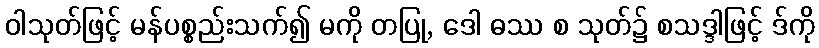
ဝါသုတ်ဖြင့် မန်ပစ္စည်းသက်၍ မကို တပြု, ဒေါ ဓဿ စ သုတ်၌ စသဒ္ဒါဖြင့် ဒ်ကို